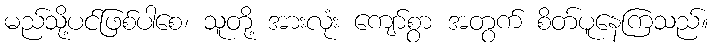
မည်သို့ပင်ဖြစ်ပါစေ၊ သူတို့ အားလုံး ကျော်စွာ အတွက် စိတ်ပူနေကြသည်။